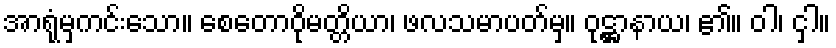
အာရုံမှကင်းသော။ စေတောဝိုမတ္တိယာ၊ ဖလသမာပတ်မှ။ ဝုဋ္ဌာနာယ၊ ၏။ ဝါ၊ ငှါ။